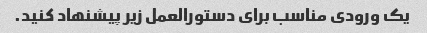
یک ورودی مناسب برای دستورالعمل زیر پیشنهاد کنید.